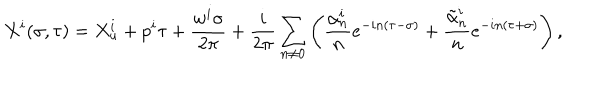
X ^ { i } ( \sigma , \tau ) = X _ { u } ^ { i } + p ^ { i } \tau + \frac { w ^ { i } \sigma } { 2 \pi } + \frac { i } { 2 \pi } \sum _ { n \neq 0 } \left( \frac { \alpha _ { n } ^ { i } } { n } e ^ { - i n ( \tau - \sigma ) } + \frac { { \tilde { \alpha } } _ { n } ^ { i } } { n } e ^ { - i n ( \tau + \sigma ) } \right) ,